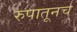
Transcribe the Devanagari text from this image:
रुपातूनच